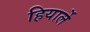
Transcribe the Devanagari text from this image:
हियार्ले